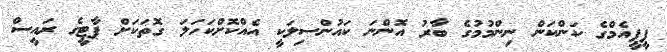
ޕީޕީއެމްގެ ކަންކަން ނިންމުމުގެ ބާރު އޮންނަ ކައުންސިލަކީ އެއްކޮށްކަހަލަ ގޮތަކަށް ޕާޓީގެ ރައީސް